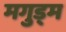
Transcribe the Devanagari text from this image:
मगुड्म